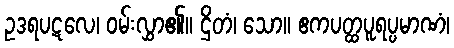
ဥဒရပဋလေ၊ ဝမ်းလွှာ၏။ ဌိတံ၊ သော။ ဧကပတ္ထပူရပ္ပမာဏံ၊